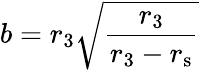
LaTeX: b=r_{3}{\sqrt{\frac{r_{3}}{r_{3}-r_{\mathrm{{s}}}}}}